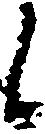
候